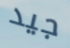
جيد